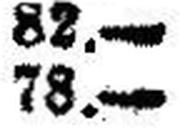
78.—